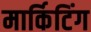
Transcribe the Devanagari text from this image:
मार्किटिंग